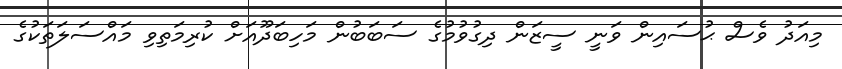
މިއަދު ވެސް ޙުސައިން ވަނީ ސީޒަން ދިގުވުމުގެ ސަބަބުން މަހިބަދޫއަށް ކުރިމަތިވި މައްސަލަތަކުގެ